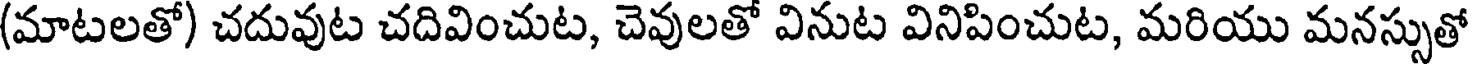
(మాటలతో) చదువుట చదివించుట, చెవులతో వినుట వినిపించుట, మరియు మనస్సుతో